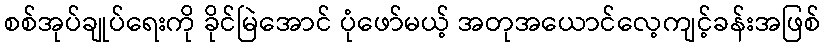
စစ်အုပ်ချုပ်ရေးကို ခိုင်မြဲအောင် ပုံဖော်မယ့် အတုအယောင်လေ့ကျင့်ခန်းအဖြစ်